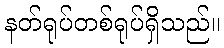
နတ်ရုပ်တစ်ရုပ်ရှိသည်။